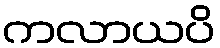
ကလာယပိ